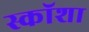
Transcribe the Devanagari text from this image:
स्कॉशा